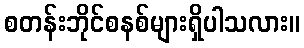
စတန်းဘိုင်စနစ်များရှိပါသလား။